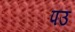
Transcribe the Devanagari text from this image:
पउ